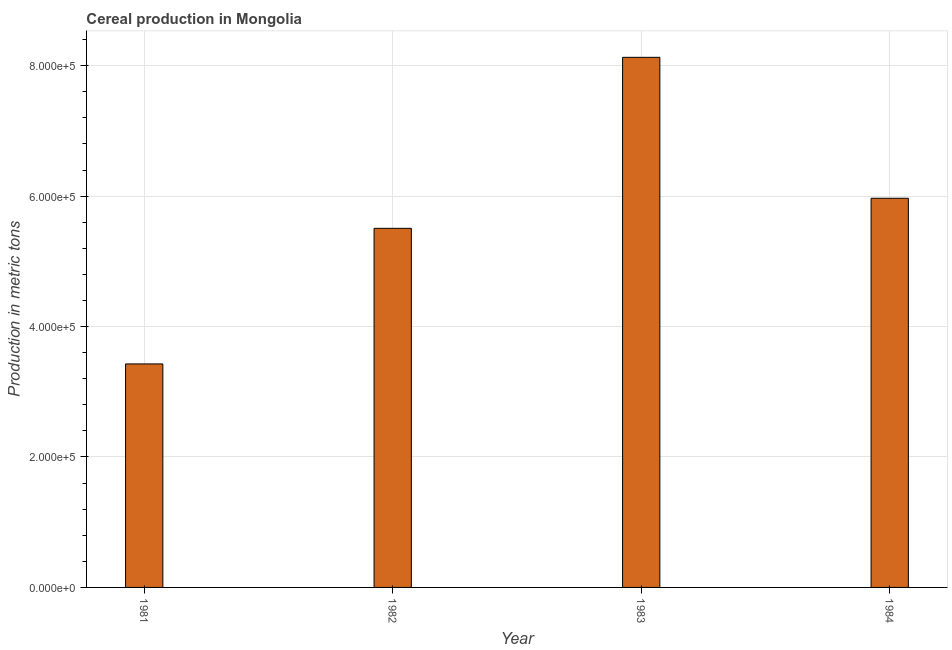
| Year | Cereal production |
 | --- | --- |
 | 1981 | 3.43e+05 |
 | 1982 | 5.51e+05 |
 | 1983 | 8.13e+05 |
 | 1984 | 5.97e+05 |